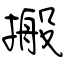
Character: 搬